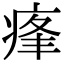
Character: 𤶞